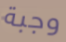
وجبة